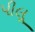
પીલૂ